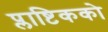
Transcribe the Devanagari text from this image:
प्लाष्टिकको